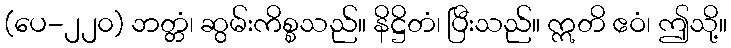
(ပေ-၂၂၀) ဘတ္တံ၊ ဆွမ်းကိစ္စသည်။ နိဋ္ဌိတံ၊ ပြီးသည်။ ဣတိ ဧဝံ၊ ဤသို့။